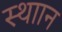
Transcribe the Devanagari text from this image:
स्थाान